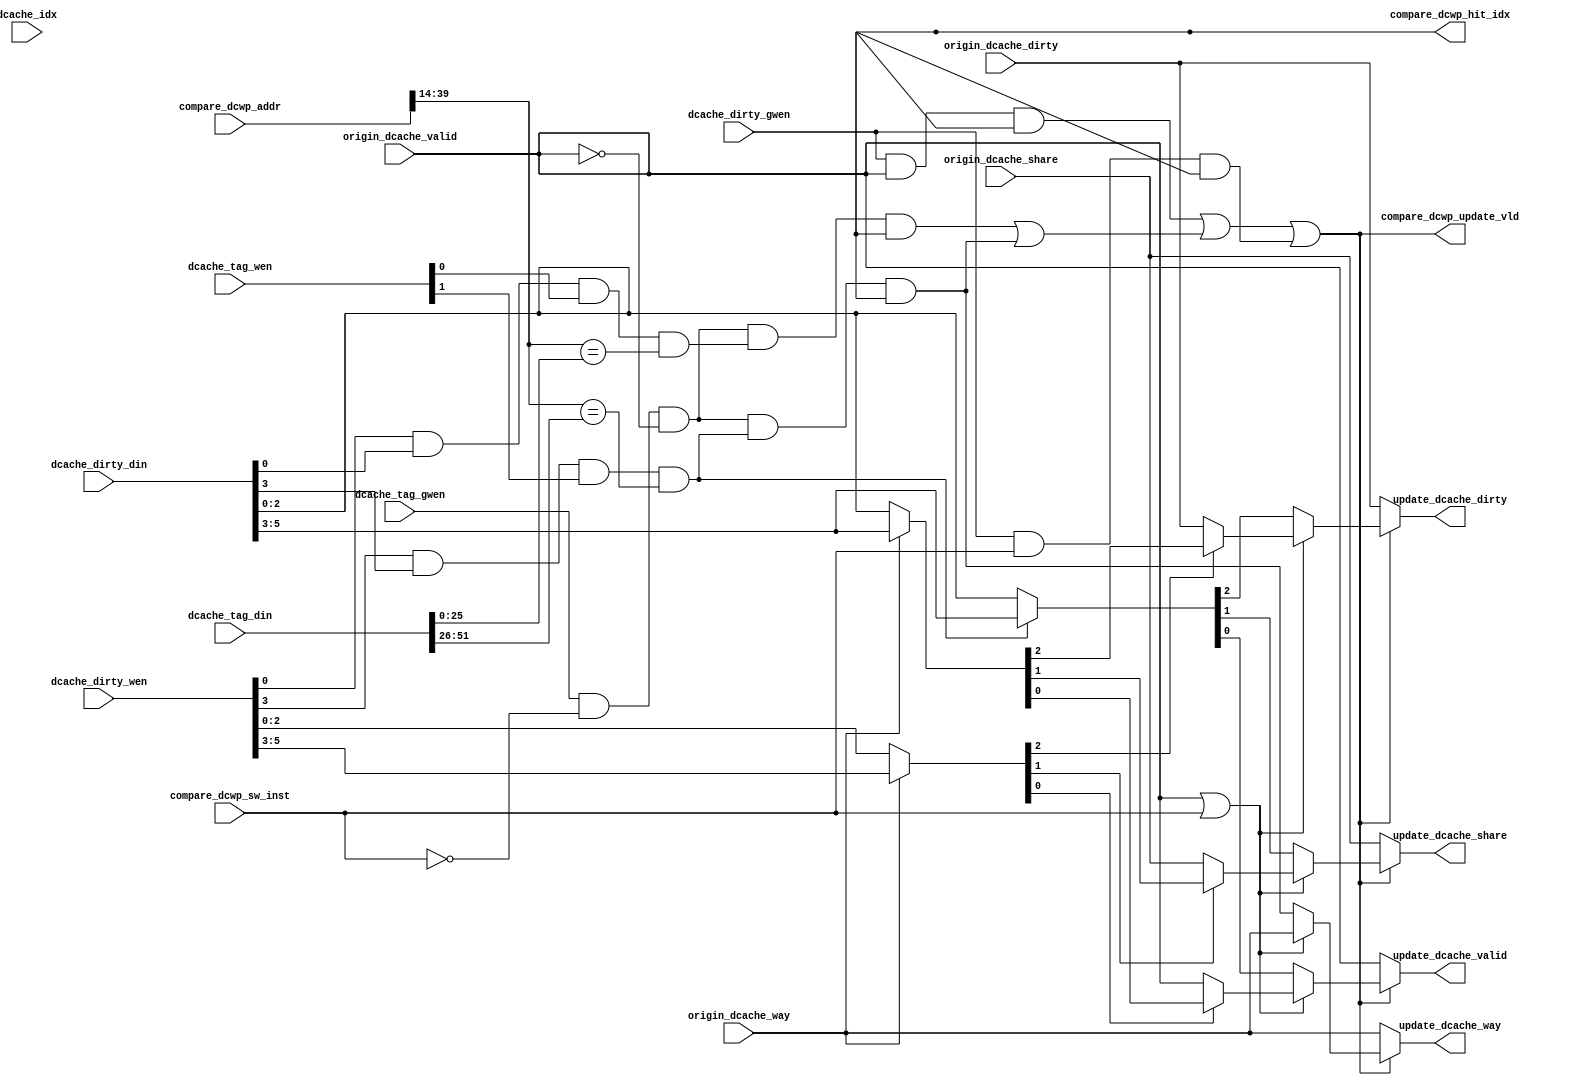
/*Copyright 2019-2021 T-Head Semiconductor Co., Ltd.

Licensed under the Apache License, Version 2.0 (the "License");
you may not use this file except in compliance with the License.
You may obtain a copy of the License at

    http://www.apache.org/licenses/LICENSE-2.0

Unless required by applicable law or agreed to in writing, software
distributed under the License is distributed on an "AS IS" BASIS,
WITHOUT WARRANTIES OR CONDITIONS OF ANY KIND, either express or implied.
See the License for the specific language governing permissions and
limitations under the License.
*/

// &ModuleBeg; @23
module ct_lsu_dcache_info_update(
  compare_dcwp_addr,
  compare_dcwp_hit_idx,
  compare_dcwp_sw_inst,
  compare_dcwp_update_vld,
  dcache_dirty_din,
  dcache_dirty_gwen,
  dcache_dirty_wen,
  dcache_idx,
  dcache_tag_din,
  dcache_tag_gwen,
  dcache_tag_wen,
  origin_dcache_dirty,
  origin_dcache_share,
  origin_dcache_valid,
  origin_dcache_way,
  update_dcache_dirty,
  update_dcache_share,
  update_dcache_valid,
  update_dcache_way
);

// &Ports; @24
input   [39:0]  compare_dcwp_addr;            
input           compare_dcwp_sw_inst;         
input   [6 :0]  dcache_dirty_din;             
input           dcache_dirty_gwen;            
input   [6 :0]  dcache_dirty_wen;             
input   [8 :0]  dcache_idx;                   
input   [51:0]  dcache_tag_din;               
input           dcache_tag_gwen;              
input   [1 :0]  dcache_tag_wen;               
input           origin_dcache_dirty;          
input           origin_dcache_share;          
input           origin_dcache_valid;          
input           origin_dcache_way;            
output          compare_dcwp_hit_idx;         
output          compare_dcwp_update_vld;      
output          update_dcache_dirty;          
output          update_dcache_share;          
output          update_dcache_valid;          
output          update_dcache_way;            

// &Regs; @25

// &Wires; @26
wire    [39:0]  compare_dcwp_addr;            
wire            compare_dcwp_hit_dirty;       
wire    [2 :0]  compare_dcwp_hit_dirty_din;   
wire    [2 :0]  compare_dcwp_hit_dirty_wen;   
wire            compare_dcwp_hit_idx;         
wire            compare_dcwp_hit_sel;         
wire            compare_dcwp_hit_share;       
wire            compare_dcwp_hit_up_vld;      
wire            compare_dcwp_hit_valid;       
wire            compare_dcwp_miss_dirty;      
wire    [2 :0]  compare_dcwp_miss_dirty_din;  
wire            compare_dcwp_miss_share;      
wire            compare_dcwp_miss_up_pre;     
wire            compare_dcwp_miss_up_vld;     
wire            compare_dcwp_miss_up_way0;    
wire            compare_dcwp_miss_up_way0_sel; 
wire            compare_dcwp_miss_up_way1;    
wire            compare_dcwp_miss_up_way1_sel; 
wire            compare_dcwp_miss_valid;      
wire            compare_dcwp_sw_inst;         
wire            compare_dcwp_sw_up_vld;       
wire    [25:0]  compare_dcwp_tag;             
wire            compare_dcwp_update_vld;      
wire    [6 :0]  dcache_dirty_din;             
wire            dcache_dirty_gwen;            
wire    [6 :0]  dcache_dirty_wen;             
wire    [51:0]  dcache_tag_din;               
wire            dcache_tag_gwen;              
wire    [1 :0]  dcache_tag_wen;               
wire            origin_dcache_dirty;          
wire            origin_dcache_share;          
wire            origin_dcache_valid;          
wire            origin_dcache_way;            
wire            update_dcache_dirty;          
wire            update_dcache_dirty_new;      
wire            update_dcache_share;          
wire            update_dcache_share_new;      
wire            update_dcache_valid;          
wire            update_dcache_valid_new;      
wire            update_dcache_way;            
wire            update_dcache_way_new;        


// &Force("output","compare_dcwp_hit_idx"); @28
// &Force("input","compare_dcwp_addr"); @29
// &Force("bus","compare_dcwp_addr","39","0"); @30
// &Force("input","dcache_idx"); @31
// &Force("bus","dcache_idx","8","0"); @32
//csky vperl_off
`ifdef DCACHE_32K
assign compare_dcwp_hit_idx = compare_dcwp_addr[13:6]  ==  dcache_idx[7:0];
`endif//DCACHE_32K

`ifdef DCACHE_64K
assign compare_dcwp_hit_idx = compare_dcwp_addr[14:6]  ==  dcache_idx[8:0];
`endif//DCACHE_64K
//csky vperl_on

//-----------------update if dcache hit---------------------

// &Force("bus","dcache_dirty_din",6,0); @45
// &Force("bus","dcache_dirty_wen",6,0); @46
assign compare_dcwp_hit_dirty_din[2:0]  = origin_dcache_way
                                          ? dcache_dirty_din[5:3]
                                          : dcache_dirty_din[2:0];

assign compare_dcwp_hit_dirty_wen[2:0]  = origin_dcache_way
                                          ? dcache_dirty_wen[5:3]
                                          : dcache_dirty_wen[2:0];

assign compare_dcwp_hit_up_vld          = dcache_dirty_gwen
                                            &&  origin_dcache_valid
                                            &&  compare_dcwp_hit_idx;

assign compare_dcwp_hit_dirty           = compare_dcwp_hit_dirty_wen[2]
                                          ? compare_dcwp_hit_dirty_din[2]
                                          : origin_dcache_dirty;

assign compare_dcwp_hit_share           = compare_dcwp_hit_dirty_wen[1]
                                          ? compare_dcwp_hit_dirty_din[1]
                                          : origin_dcache_share;

assign compare_dcwp_hit_valid           = compare_dcwp_hit_dirty_wen[0]
                                          ? compare_dcwp_hit_dirty_din[0]
                                          : origin_dcache_valid;

//---------------update if dcache miss----------------------
//dcache set&way inst will not appear dcache miss update,
assign compare_dcwp_miss_up_pre         = dcache_tag_gwen
                                          &&  !compare_dcwp_sw_inst
                                          &&  !origin_dcache_valid;

assign compare_dcwp_tag[25:0]           = compare_dcwp_addr[39:14];

assign compare_dcwp_miss_up_way0_sel    = dcache_dirty_wen[0]
                                          &&  dcache_dirty_din[0]
                                          &&  dcache_tag_wen[0]
                                          &&  (compare_dcwp_tag[25:0]
                                              ==  dcache_tag_din[25:0]);

assign compare_dcwp_miss_up_way0        = compare_dcwp_miss_up_pre
                                          &&  compare_dcwp_miss_up_way0_sel
                                          &&  compare_dcwp_hit_idx;

assign compare_dcwp_miss_up_way1_sel    = dcache_dirty_wen[3]
                                          &&  dcache_dirty_din[3]
                                          &&  dcache_tag_wen[1]
                                          &&  (compare_dcwp_tag[25:0]
                                              ==  dcache_tag_din[51:26]);

assign compare_dcwp_miss_up_way1        = compare_dcwp_miss_up_pre
                                          &&  compare_dcwp_miss_up_way1_sel
                                          &&  compare_dcwp_hit_idx;

//if refill cacheline then the ralating dirty wen must open,
//so it will set din to the update signal.
assign compare_dcwp_miss_dirty_din[2:0] = compare_dcwp_miss_up_way1_sel
                                          ? dcache_dirty_din[5:3]
                                          : dcache_dirty_din[2:0];

assign compare_dcwp_miss_up_vld         = compare_dcwp_miss_up_way0
                                          ||  compare_dcwp_miss_up_way1;

assign compare_dcwp_miss_dirty          = compare_dcwp_miss_dirty_din[2];
assign compare_dcwp_miss_share          = compare_dcwp_miss_dirty_din[1];
assign compare_dcwp_miss_valid          = compare_dcwp_miss_dirty_din[0];

//--------------------set&way update------------------------
//only up_vld use set&way signal, other signals reuse hit update signals
assign compare_dcwp_sw_up_vld           = dcache_dirty_gwen
                                          &&  compare_dcwp_sw_inst
                                          &&  compare_dcwp_hit_idx;
//---------------------select-------------------------------
// &Force("output","compare_dcwp_update_vld"); @118
assign compare_dcwp_update_vld          = compare_dcwp_hit_up_vld
                                          ||  compare_dcwp_miss_up_vld
                                          ||  compare_dcwp_sw_up_vld;

assign compare_dcwp_hit_sel             = origin_dcache_valid
                                          ||  compare_dcwp_sw_inst;

assign update_dcache_dirty_new          = compare_dcwp_hit_sel
                                          ? compare_dcwp_hit_dirty
                                          : compare_dcwp_miss_dirty;

assign update_dcache_share_new          = compare_dcwp_hit_sel
                                          ? compare_dcwp_hit_share
                                          : compare_dcwp_miss_share;

assign update_dcache_valid_new          = compare_dcwp_hit_sel
                                          ? compare_dcwp_hit_valid
                                          : compare_dcwp_miss_valid;

assign update_dcache_way_new            = compare_dcwp_hit_sel
                                          ? origin_dcache_way
                                          : compare_dcwp_miss_up_way1;

//if donot need to update, choose origin value
assign update_dcache_dirty              = compare_dcwp_update_vld
                                          ? update_dcache_dirty_new
                                          : origin_dcache_dirty;

assign update_dcache_share              = compare_dcwp_update_vld
                                          ? update_dcache_share_new
                                          : origin_dcache_share;

assign update_dcache_valid              = compare_dcwp_update_vld
                                          ? update_dcache_valid_new
                                          : origin_dcache_valid;

assign update_dcache_way                = compare_dcwp_update_vld
                                          ? update_dcache_way_new
                                          : origin_dcache_way;

// &ModuleEnd; @159
endmodule